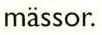
mässor.